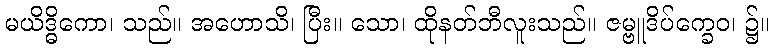
မယိဒ္ဓိကော၊ သည်။ အဟောသိ၊ ပြီး။ သော၊ ထိုနတ်ဘီလူးသည်။ ဇမ္ဗူဒိပ်က္ခေဝ၊ ၌။